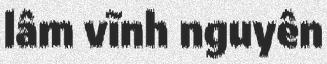
lâm vĩnh nguyên